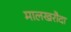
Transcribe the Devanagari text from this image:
मालखरौदा